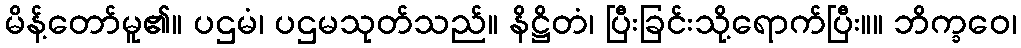
မိန့်တော်မူ၏။ ပဌမံ၊ ပဌမသုတ်သည်။ နိဋ္ဌိတံ၊ ပြီးခြင်းသို့ရောက်ပြီး။။ ဘိက္ခဝေ၊